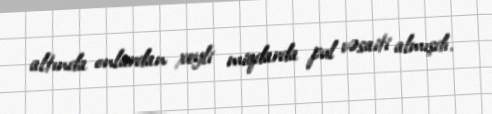
altında onlardan xeyli miqdarda pul vəsaiti almışdı.